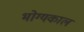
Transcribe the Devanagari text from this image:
भोग्यकाल